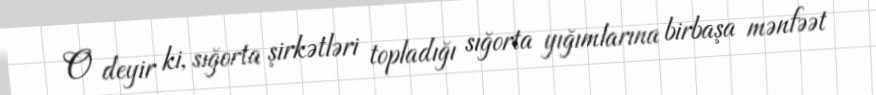
O deyir ki, sığorta şirkətləri topladığı sığorta yığımlarına birbaşa mənfəət